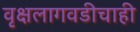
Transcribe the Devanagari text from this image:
वृक्षलागवडीचाही